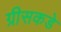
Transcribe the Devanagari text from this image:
ग्रीसकडे